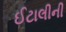
ઈટાલીની